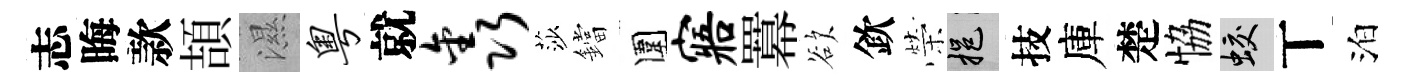
志晦款頡濕粤就鑫莎鐺圍寤羃欲欽榮挹技庫楚恊蛟丅泊